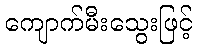
ကျောက်မီးသွေးဖြင့်